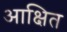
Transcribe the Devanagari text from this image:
आक्षित